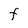
Character: f